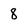
Character: 8